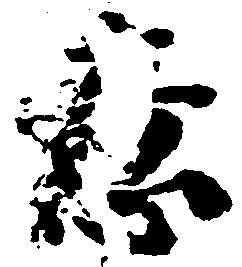
意